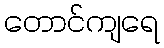
တောင်ကျရေ